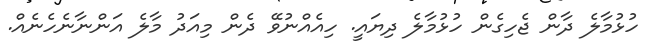
ހުޅުމާލެ ދާން ޖެހިގެން ހުޅުމާލެ ދިޔައީ. ހިއެއްނުވޭ ދެން މިއަދު މާލެ އަންނާނެހެނެއް.